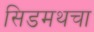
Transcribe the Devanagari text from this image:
सिडमथचा